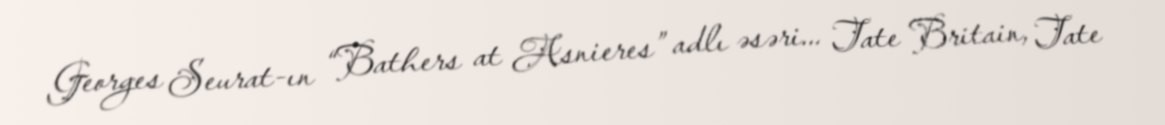
Georges Seurat-ın “Bathers at Asnieres” adlı əsəri... Tate Britain, Tate